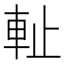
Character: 𨊺